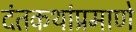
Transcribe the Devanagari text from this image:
दंतकथांप्रमाणे